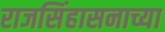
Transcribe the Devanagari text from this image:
राजसिंहासनाच्या